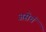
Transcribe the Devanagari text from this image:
असेचं